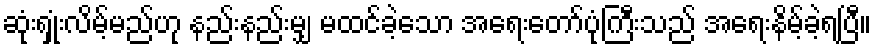
ဆုံးရှုံးလိမ့်မည်ဟု နည်းနည်းမျှ မထင်ခဲ့သော အရေးတော်ပုံကြီးသည် အရေးနိမ့်ခဲ့ရပြီ။